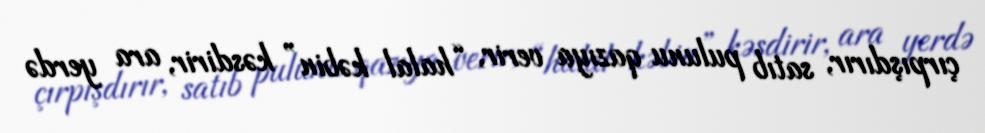
çırpışdırır, satıb pulunu qazıya verir, “halal kəbin” kəsdirir, ara yerdə